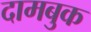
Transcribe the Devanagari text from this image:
दामबुक